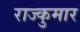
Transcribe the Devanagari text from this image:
राज्कुमार